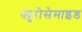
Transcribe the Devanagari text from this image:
फ्युरोसेमाइड